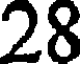
28